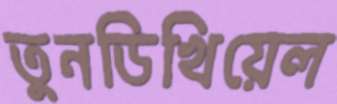
তুনডিখিয়েল